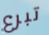
تبرع